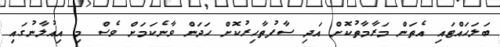
ބަލަހައްޓައި އެތަން މަރާމާތުކޮށް އަދި ސާފުތާހިރުކޮށް ހަދަން ވާނެކަމަށް ވެސް މި އިއުލާނުގައި